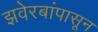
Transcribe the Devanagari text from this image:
झवेरबांपासून